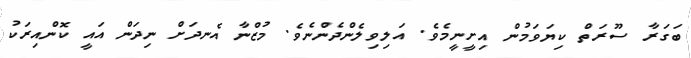
ބަގަރާ ސޫރަތް ކިޔަވަމުން އިށީނީމެވެ. އަލިވިލެންދެންނެވެ. މުޒްނާ އެނދަށް ނިދަން އައީ ކޮންއިރަކު